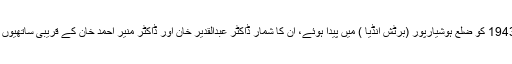
ڈاکٹر انور علی 1943 کو ضلع ہوشیارپور (برٹش انڈیا ) میں پیدا ہوئے، ان کا شمار ڈاکٹر عبدالقدیر خان اور ڈاکٹر منیر احمد خان کے قریبی ساتھیوں میں کیا جاتا ہے۔